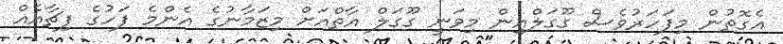
އެގޮތުން މިފަހަރުވެސް ގޫގަލްއިން މިވަނީ ގޫގަލް އާތްއަށް މިޒަމާނުގެ އެންމެ ފަހުގެ ފިޗާއެއް